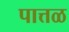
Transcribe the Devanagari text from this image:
पात्तळ